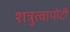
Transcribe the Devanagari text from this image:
शत्रुत्वापोटी